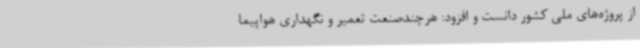
از پروژه‌های ملی کشور دانست و افزود: هرچندصنعت تعمیر و نگهداری هواپیما